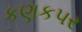
કણકપર